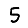
Digit: 5